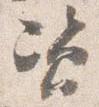
資